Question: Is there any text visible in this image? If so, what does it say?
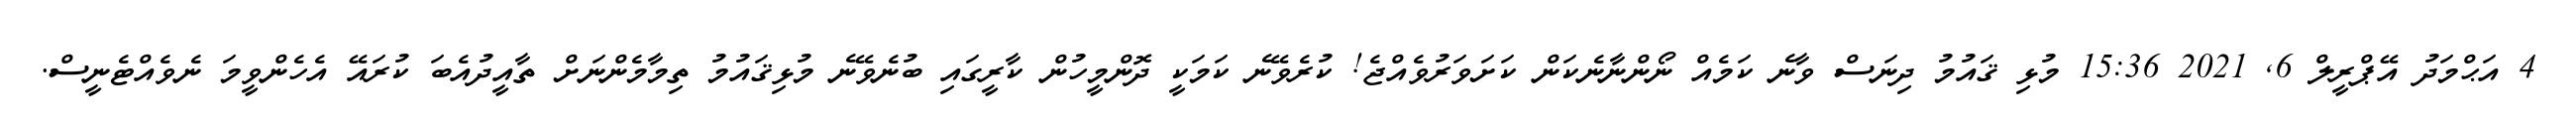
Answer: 4 އަޙްމަދު އޭޕްރީލް 6, 2021 15:36 މުޅި ޤައުމު ދިނަސް ވާނެ ކަމެއް ނޯންނާނެކަން ކަށަވަރުވެއްޖެ! ކުރެވޭނެ ކަމަކީ ދޮންމީހުން ކާރީގައި ބުނެވޭނެ މުޅިޤައުމު ތިމާމެންނަށް ތާއީދުއެބަ ކުރައޭ އެހެންވީމަ ނެވެއްޓެނީސް.